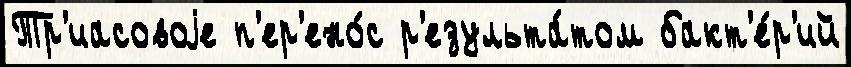
Тр'иасовоjе п'ер'ено́с р'езульта́том бакт'е́р'ий